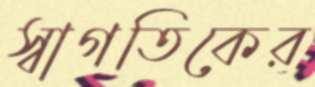
স্বাগতিকের